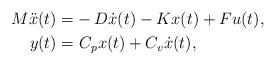
LaTeX: \begin{align*}M \ddot{x}(t)= & - D \dot{x}(t) - K x(t) + F u(t), \\y(t) = & \ C_{p} x(t) + C_{v} \dot{x}(t), \end{align*}